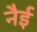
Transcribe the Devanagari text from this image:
नैई